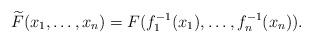
LaTeX: \begin{align*}\widetilde{F}(x_{1},\dots,x_{n})=F(f_{1}^{-1}(x_{1}),\dots,f_{n}^{-1}(x_{n})).\end{align*}